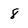
Character: 8